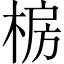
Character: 椖